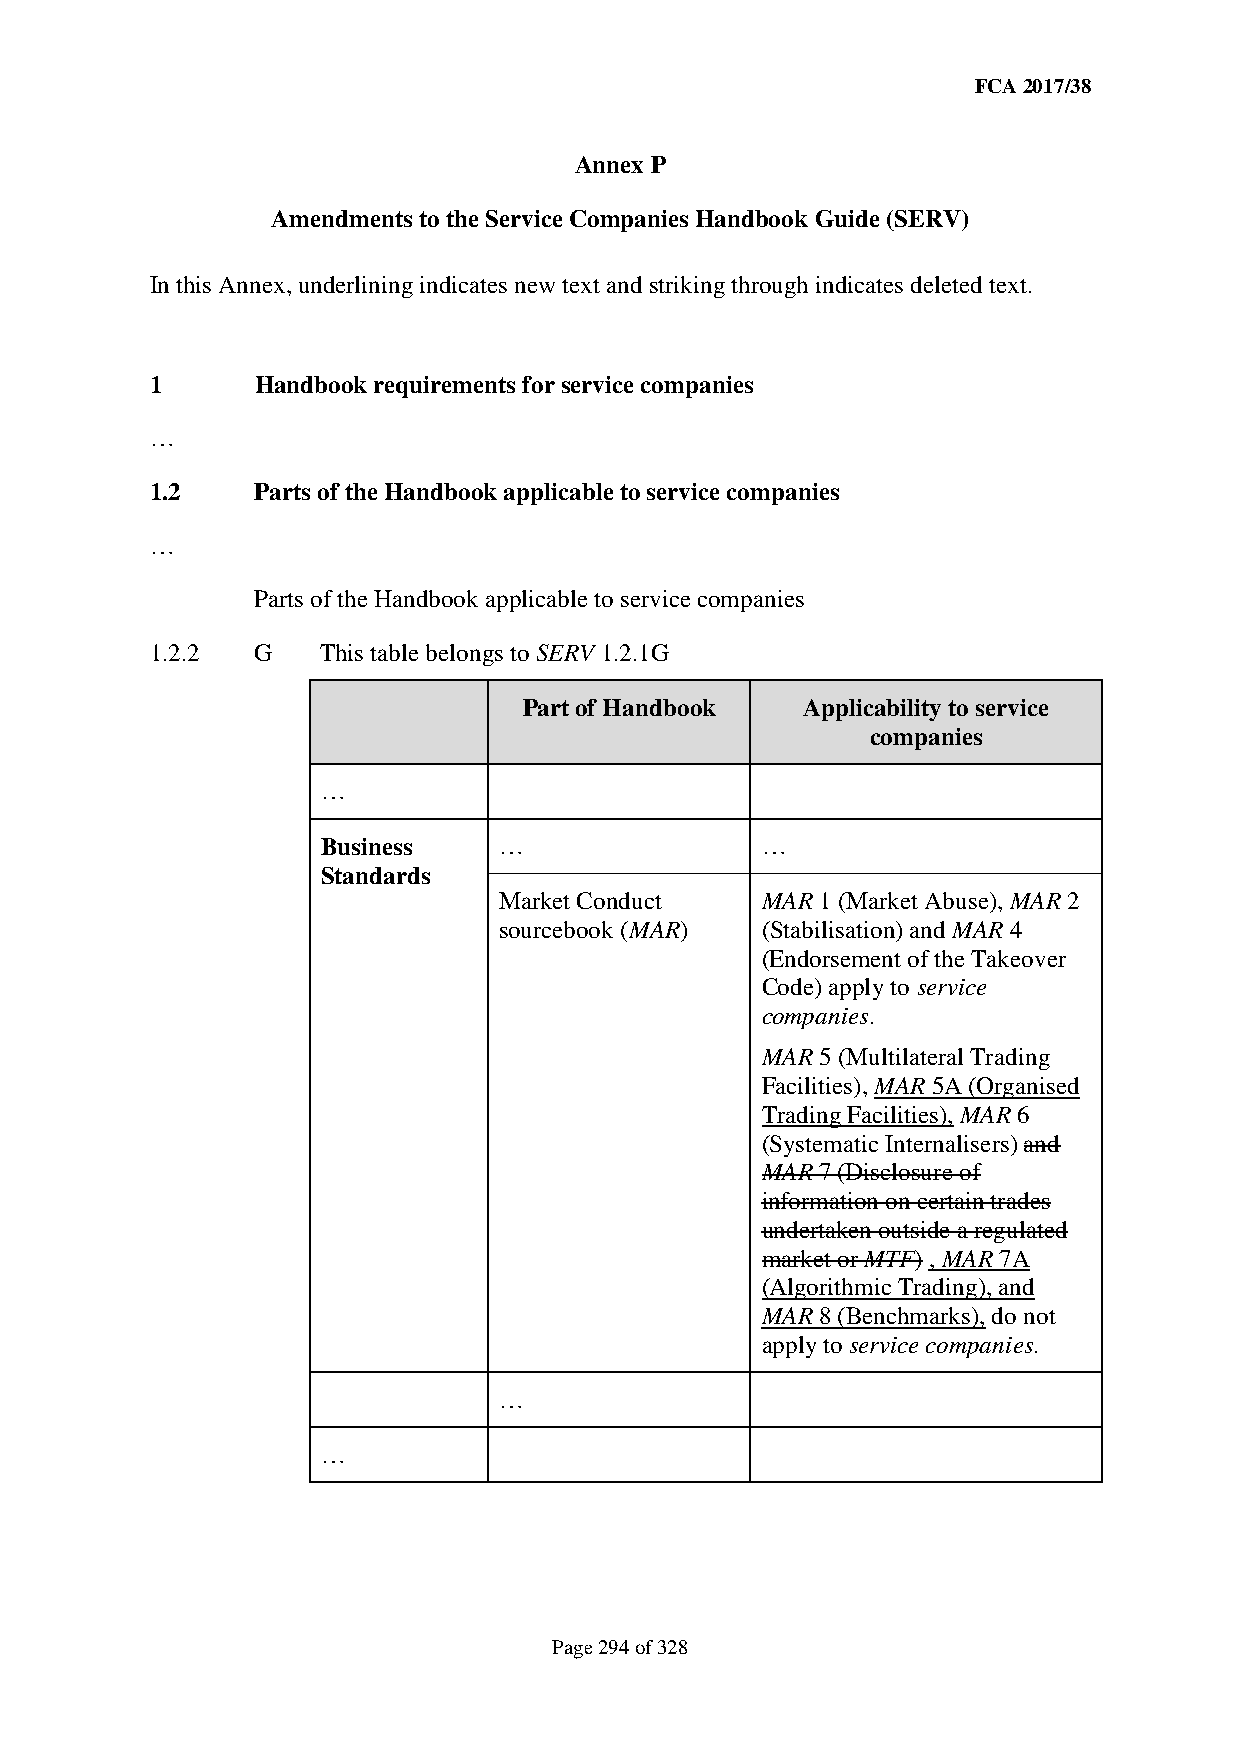
FCA 2017/38
 Annex P
 Amendments to the Service Companies Handbook Guide (SERV)
 In this Annex, underlining indicates new text and striking through indicates deleted text.
 1      Handbook requirements for service companies
 …
 1.2    Parts of the Handbook applicable to service companies
 …
 Parts of the Handbook applicable to service companies
 1.2.2  G   This table belongs to SERV 1.2.1G
 Part of Handbook  Applicability to service
 companies
 …
 Business    …                …
 Standards
 Market Conduct   MAR 1 (Market Abuse), MAR 2
 sourcebook (MAR) (Stabilisation) and MAR 4
 (Endorsement of the Takeover
 Code) apply to service
 companies.
 MAR 5 (Multilateral Trading
 Facilities), MAR 5A (Organised
 Trading Facilities), MAR 6
 (Systematic Internalisers) and
 MAR 7 (Disclosure of
 information on certain trades
 undertaken outside a regulated
 market or MTF) , MAR 7A
 (Algorithmic Trading), and
 MAR 8 (Benchmarks), do not
 apply to service companies.
 …
 …
 Page 294 of 328